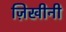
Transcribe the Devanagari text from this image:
ज़िखीनी